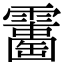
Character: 𩆘